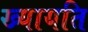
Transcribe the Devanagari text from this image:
ख्यायति